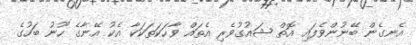
އެނގެން ބޭނުންވެފައި އޮތް ޝައުގުވެރި އެތައް ވާހަކަތަކަކާ އެކު އޭނާގެ ހޫނު ބަހުގެ